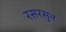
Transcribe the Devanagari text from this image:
रसरसून